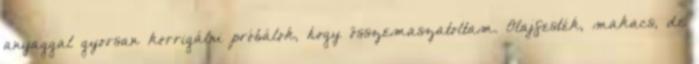
anyaggal gyorsan korrigálni próbálok, hogy összemaszatoltam. Olajfesték, makacs, de